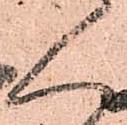
人